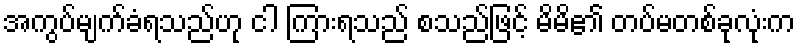
အကွပ်မျက်ခံရသည်ဟု ငါ ကြားရသည် စသည်ဖြင့် မိမိ၏ တပ်မတစ်ခုလုံးက